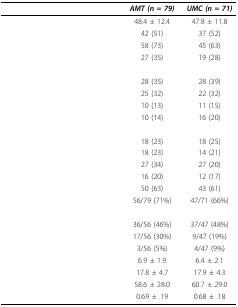
<table><thead><tr><td>[EMPTY_CELL]</td><td><b><i>AMT (n = 79)</i></b></td><td><b><i>UMC (n = 71)</i></b></td></tr></thead><tbody><tr><td>[EMPTY_CELL]</td><td>48.4 ± 12.4</td><td>47.8 ± 11.8</td></tr><tr><td>[EMPTY_CELL]</td><td>42 (51)</td><td>37 (52)</td></tr><tr><td>[EMPTY_CELL]</td><td>58 (73)</td><td>45 (63)</td></tr><tr><td>[EMPTY_CELL]</td><td>27 (35)</td><td>19 (28)</td></tr><tr><td>[EMPTY_CELL]</td><td>[EMPTY_CELL]</td><td>[EMPTY_CELL]</td></tr><tr><td>[EMPTY_CELL]</td><td>28 (35)</td><td>28 (39)</td></tr><tr><td>[EMPTY_CELL]</td><td>25 (32)</td><td>22 (32)</td></tr><tr><td>[EMPTY_CELL]</td><td>10 (13)</td><td>11 (15)</td></tr><tr><td>[EMPTY_CELL]</td><td>10 (14)</td><td>16 (20)</td></tr><tr><td>[EMPTY_CELL]</td><td>[EMPTY_CELL]</td><td>[EMPTY_CELL]</td></tr><tr><td>[EMPTY_CELL]</td><td>18 (23)</td><td>18 (25)</td></tr><tr><td>[EMPTY_CELL]</td><td>18 (23)</td><td>14 (21)</td></tr><tr><td>[EMPTY_CELL]</td><td>27 (34)</td><td>27 (20)</td></tr><tr><td>[EMPTY_CELL]</td><td>16 (20)</td><td>12 (17)</td></tr><tr><td>[EMPTY_CELL]</td><td>50 (63)</td><td>43 (61)</td></tr><tr><td>[EMPTY_CELL]</td><td>56/79 (71%)</td><td>47/71 (66%)</td></tr><tr><td>[EMPTY_CELL]</td><td>[EMPTY_CELL]</td><td>[EMPTY_CELL]</td></tr><tr><td>[EMPTY_CELL]</td><td>36/56 (46%)</td><td>37/47 (48%)</td></tr><tr><td>[EMPTY_CELL]</td><td>17/56 (30%)</td><td>9/47 (19%)</td></tr><tr><td>[EMPTY_CELL]</td><td>3/56 (5%)</td><td>4/47 (9%)</td></tr><tr><td>[EMPTY_CELL]</td><td>6.9 ± 1.9</td><td>6.4 ± 2.1</td></tr><tr><td>[EMPTY_CELL]</td><td>17.8 ± 4.7</td><td>17.9 ± 4.3</td></tr><tr><td>[EMPTY_CELL]</td><td>58.6 ± 28.0</td><td>60.7 ± 29.0</td></tr><tr><td>[EMPTY_CELL]</td><td>0.69 ± .19</td><td>0.68 ± .18</td></tr></tbody></table>